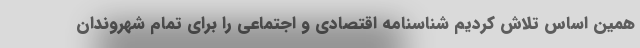
همین اساس تلاش کردیم شناسنامه اقتصادی و اجتماعی را برای تمام شهروندان